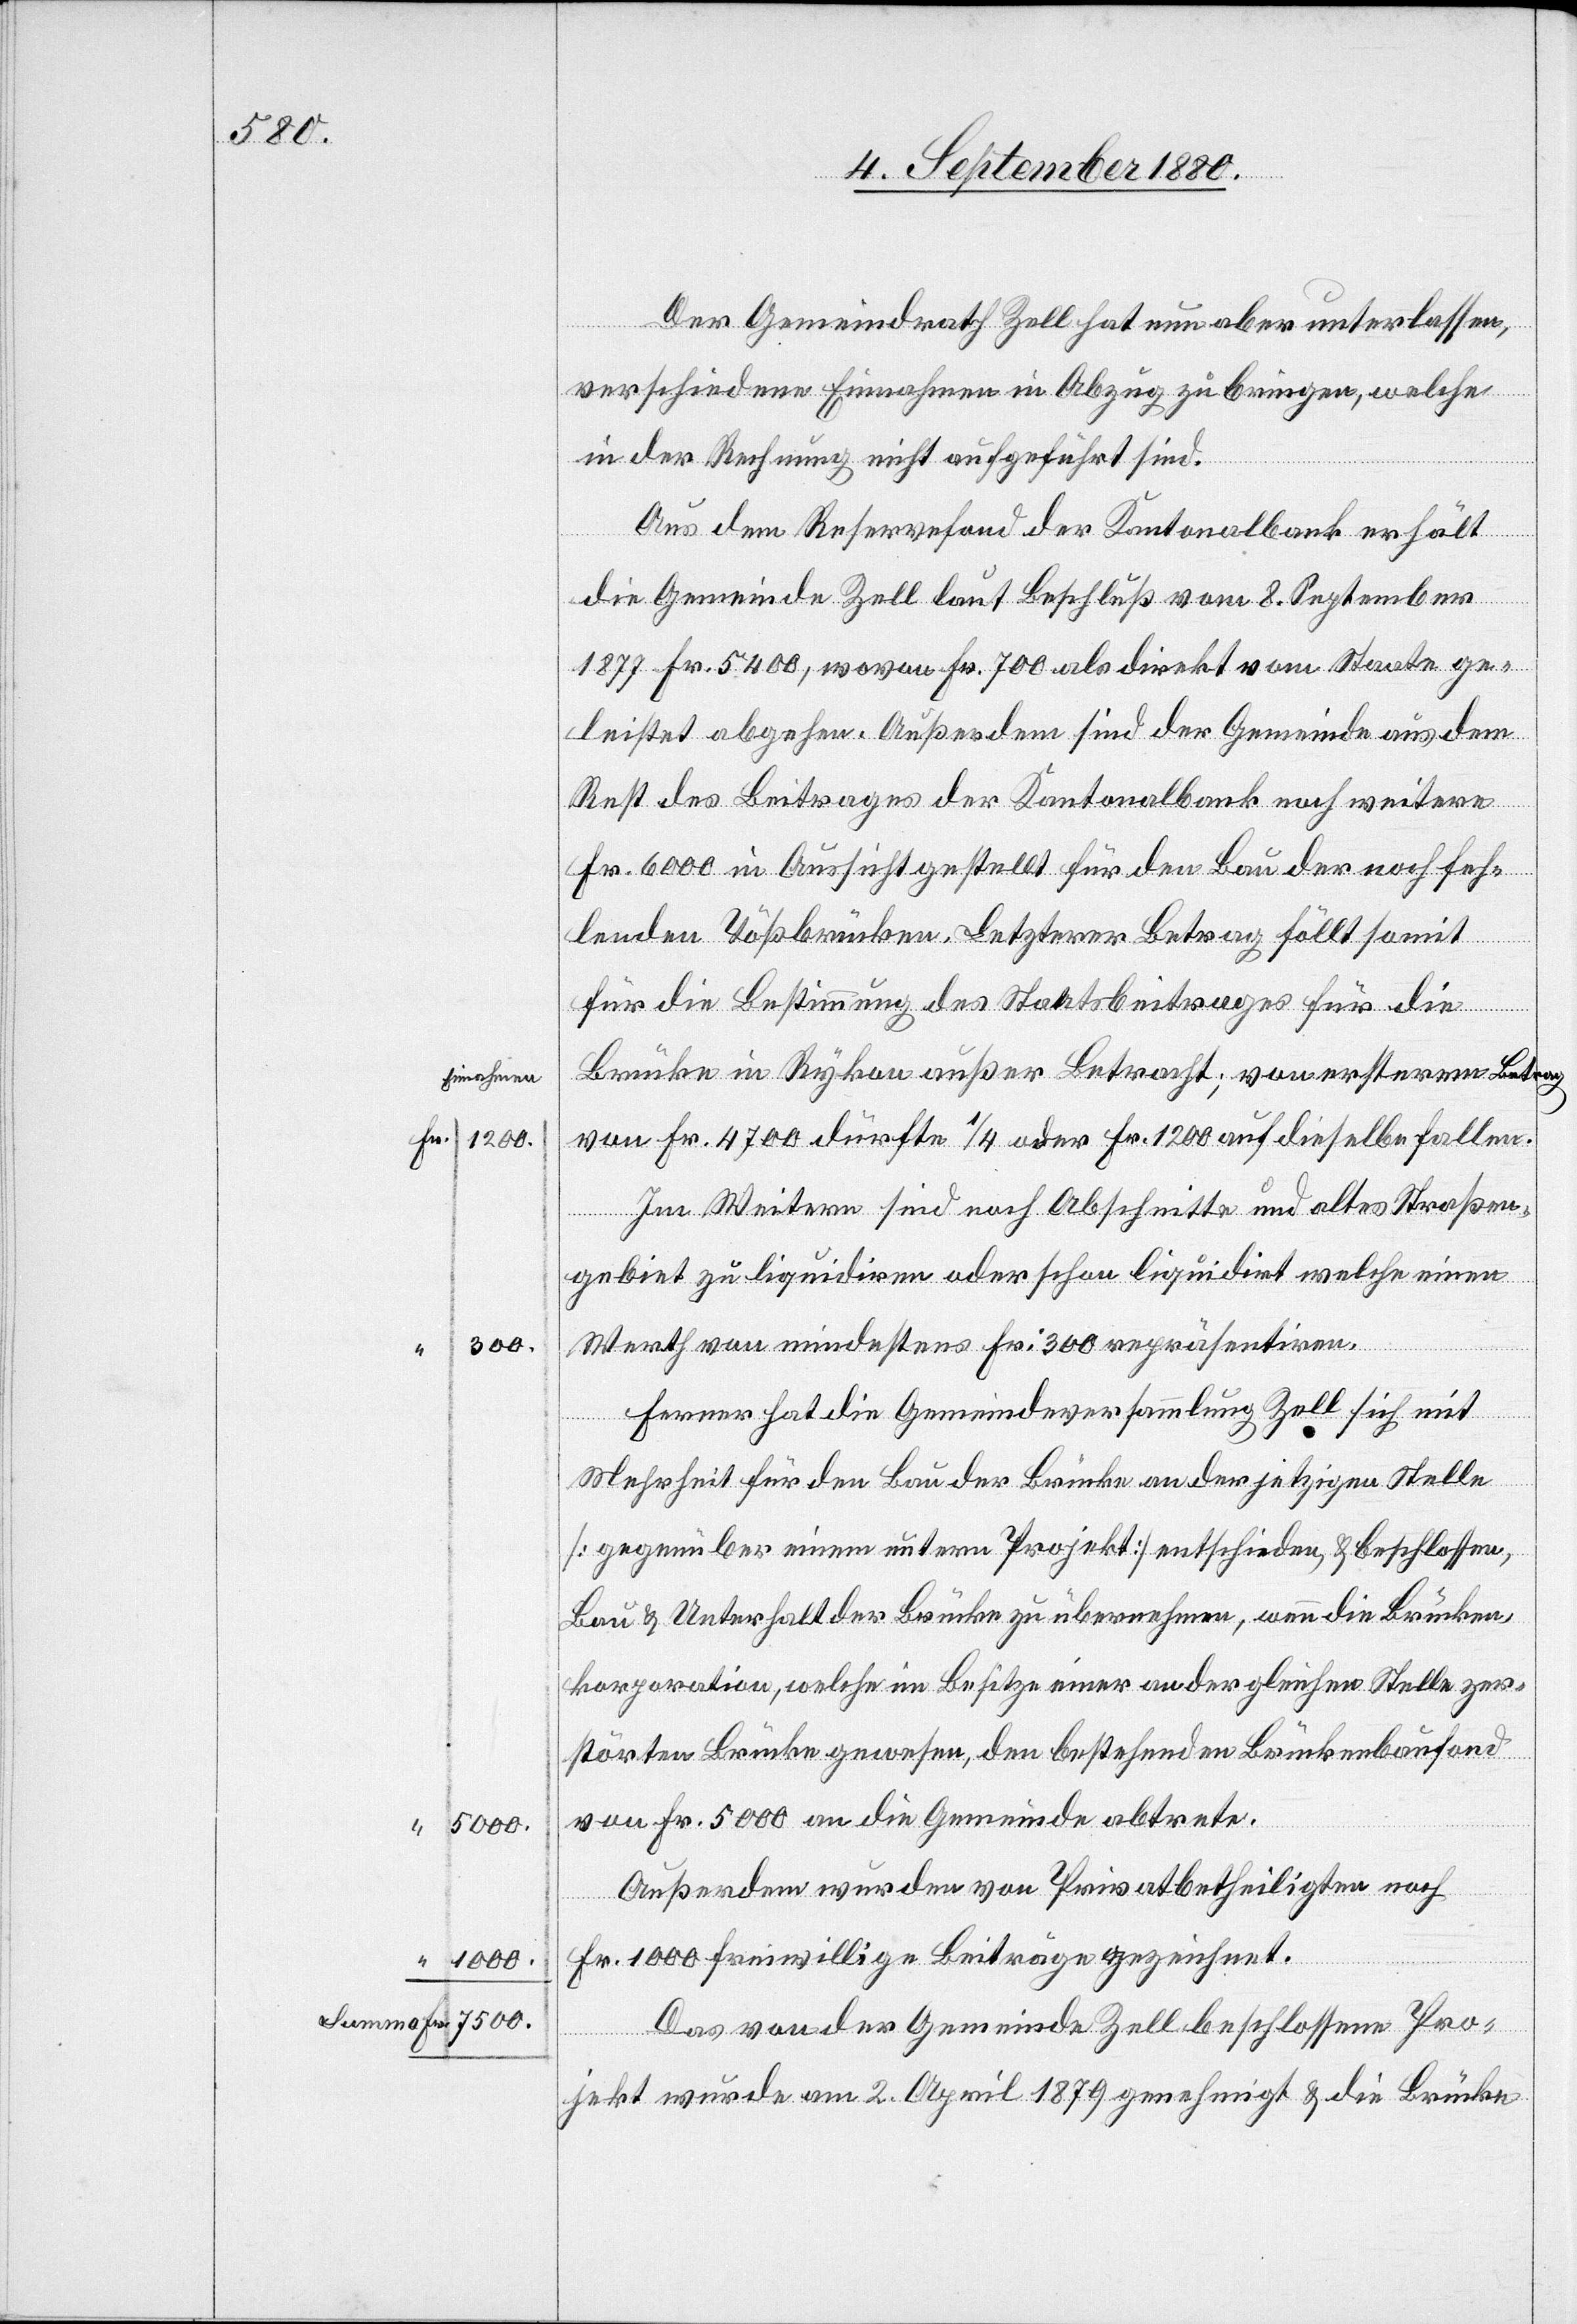
500

Einnahmen
1000
Summa Fr. 7500.

Der Gemeindrath Zell hat nun aber unterlassen
verschiedene Einnahmen in Abzug zu bringen, welche
in der Rechnung nicht angeführt sind.
Brücke
Aus dem Reservefond der Kantonalbank erhält
die Gemeinde Zell laut Beschluß vom 8. September
2.
1877 Fr. 5400, wovon Fr. 700 als direkt vom Staate ge¬
leistet abgehen. Außerdem sind der Gemeinde aus dem
Rest des Beitrages der Kantonalbank noch weitere
Fr. 6000 in Aussicht gestellt für den Bau der noch feh¬
lenden Tößbrücken. Letzterer Betrag fällt somit
für die Bestimmung des Staatsbeitrages für die
von Fr. 4700 dürfte 1/4 oder Fr. 1200 auf dieselbe fallen.
Im Weitern sind noch Abschnitte und altes Straßen¬
gebiet zu liquidiren oder schon liquidirt welche einen
Werth von mindestens Fr. 300 repräsentiren.
Ferner hat die Gemeindeversammlung Zell sich mit
Mehrheit für den Bau der Brücke an der jetzigen Stelle
[gegenüber einem unteren Projekt] entschieden, & beschlossen,
Bau & Unterhalt der Brücke zu übernehmen, wenn die Brücken¬
korporation, welche im Besitze einer an der gleichen Stelle zer¬
störten Brücke gewesen, den bestehenden Brückenbaufond
von Fr. 500 an die Gemeinde abtrete.
Außerdem wurden von Privatbetheiligten noch
Fr. 1000 freiwillige Beiträge gezeichnet.
Das von der Gemeinde Zell beschlossene Pro¬